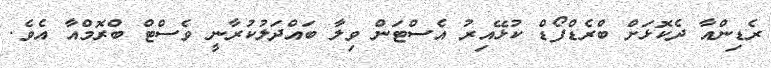
ރެޑިންއާ ދެކޮޅަށް ބްރެޑްފޯޑް ކުޅޭއިރު އެސްޓަން ވިލާ ބައްދަލުކުރާނީ ވެސްޓް ބްރޮމްއާ އެވެ.